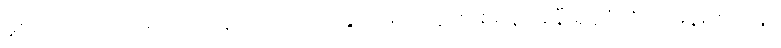
မူးဝေလာသောကြောင့် သူကိုယ်တိုင် ခွေလဲမကျသွားစေရန် အနီးရှိနံရံကို ကမန်းကတန်း